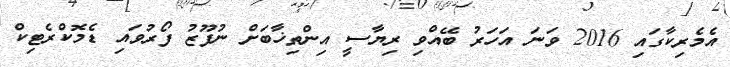
އެމެރިކާގައި 2016 ވަނަ އަހަރު ބޭއްވި ރިޔާސީ އިންތިޚާބަށް ނުފޫޒު ފޯރުވައި ޑެމޮކްރެޓިކް